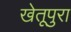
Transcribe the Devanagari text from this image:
खेतूपुरा